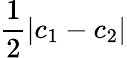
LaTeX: \frac{1}{2}|c_{1}-c_{2}|